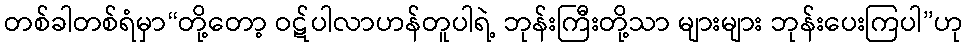
တစ်ခါတစ်ရံမှာ“တို့တော့ ဝဋ်ပါလာဟန်တူပါရဲ့ ဘုန်းကြီးတို့သာ များများ ဘုန်းပေးကြပါ”ဟု